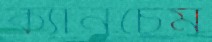
ক্যানচেম